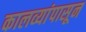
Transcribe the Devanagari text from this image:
कालव्यांपासून